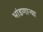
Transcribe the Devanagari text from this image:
भांडणाऱ्या